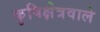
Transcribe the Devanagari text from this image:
कृषिक्षेत्रवाले